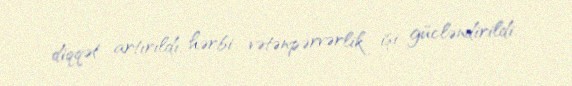
diqqət artırıldı, hərbi vətənpərvərlik işi gücləndirildi.